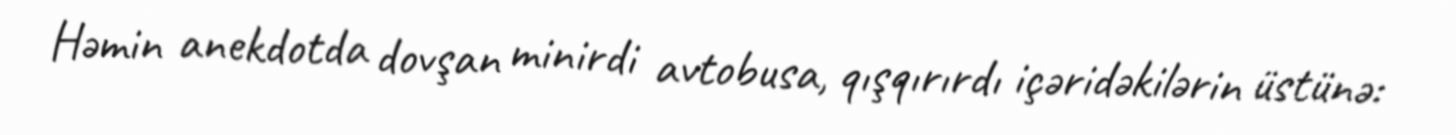
Həmin anekdotda dovşan minirdi avtobusa, qışqırırdı içəridəkilərin üstünə: